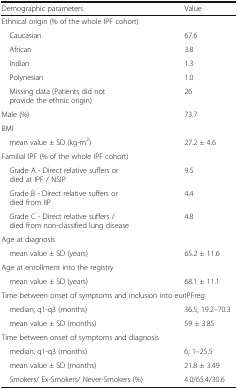
<table><thead><tr><td><b>Demographic parameters</b></td><td><b>Value</b></td></tr></thead><tbody><tr><td colspan="2">Ethnical origin (% of the whole IPF cohort)</td></tr><tr><td> Caucasian</td><td>67.6</td></tr><tr><td> African</td><td>3.8</td></tr><tr><td> Indian</td><td>1.3</td></tr><tr><td> Polynesian</td><td>1.0</td></tr><tr><td> Missing data (Patients did not provide the ethnic origin)</td><td>26</td></tr><tr><td>Male (%)</td><td>73.7</td></tr><tr><td colspan="2">BMI</td></tr><tr><td> mean value ± SD (kg-m<sup>2</sup>)</td><td>27.2 ± 4.6</td></tr><tr><td colspan="2">Familial IPF (% of the whole IPF cohort)</td></tr><tr><td> Grade A - Direct relative suffers or died at IPF / NSIP</td><td>9.5</td></tr><tr><td> Grade B - Direct relative suffers or died from IIP</td><td>4.4</td></tr><tr><td> Grade C - Direct relative suffers / died from non-classified lung disease</td><td>4.8</td></tr><tr><td colspan="2">Age at diagnosis</td></tr><tr><td> mean value ± SD (years)</td><td>65.2 ± 11.6</td></tr><tr><td colspan="2">Age at enrollment into the registry</td></tr><tr><td> mean value ± SD (years)</td><td>68.1 ± 11.1</td></tr><tr><td colspan="2">Time between onset of symptoms and inclusion into eurIPFreg</td></tr><tr><td> median; q1-q3 (months)</td><td>36.5; 19.2–70.3</td></tr><tr><td> mean value ± SD (months)</td><td>59 ± 3.85</td></tr><tr><td colspan="2">Time between onset of symptoms and diagnosis</td></tr><tr><td> median; q1-q3 (months)</td><td>6; 1–25.5</td></tr><tr><td> mean value ± SD (months)</td><td>21.8 ± 3.49</td></tr><tr><td> Smokers/ Ex-Smokers/ Never-Smokers (%)</td><td>4.0/65.4/30.6</td></tr></tbody></table>